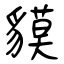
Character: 貘